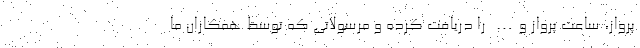
پرواز، ساعت پرواز و… را دریافت کرده و مرسولاتی که توسظ همکاران ما